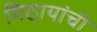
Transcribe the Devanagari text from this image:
मिठायांची